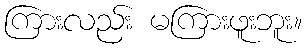
ကြားလည်း မကြားဖူးဘူး။